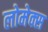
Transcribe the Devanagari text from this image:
लोमेक्स